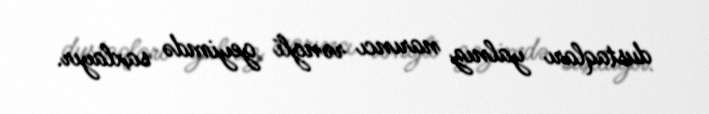
dustaqları yalnız narıncı rəngli geyimdə saxlayır.